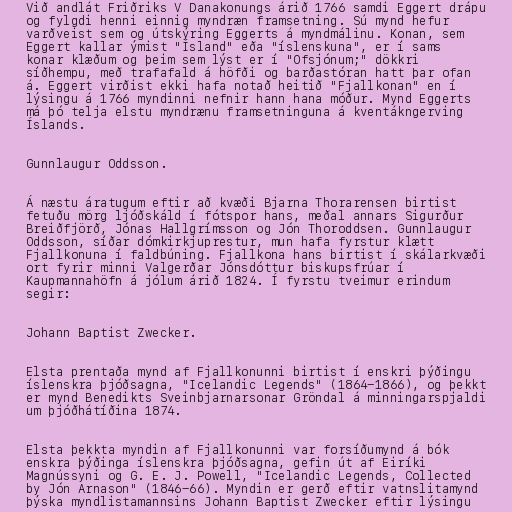
Við andlát Friðriks V Danakonungs árið 1766 samdi Eggert drápu
og fylgdi henni einnig myndræn framsetning. Sú mynd hefur
varðveist sem og útskýring Eggerts á myndmálinu. Konan, sem
Eggert kallar ýmist "Ísland" eða "íslenskuna", er í sams
konar klæðum og þeim sem lýst er í "Ofsjónum;" dökkri
síðhempu, með trafafald á höfði og barðastóran hatt þar ofan
á. Eggert virðist ekki hafa notað heitið "Fjallkonan" en í
lýsingu á 1766 myndinni nefnir hann hana móður. Mynd Eggerts
má þó telja elstu myndrænu framsetninguna á kventákngerving
Íslands.

Gunnlaugur Oddsson.

Á næstu áratugum eftir að kvæði Bjarna Thorarensen birtist
fetuðu mörg ljóðskáld í fótspor hans, meðal annars Sigurður
Breiðfjörð, Jónas Hallgrímsson og Jón Thoroddsen. Gunnlaugur
Oddsson, síðar dómkirkjuprestur, mun hafa fyrstur klætt
Fjallkonuna í faldbúning. Fjallkona hans birtist í skálarkvæði
ort fyrir minni Valgerðar Jónsdóttur biskupsfrúar í
Kaupmannahöfn á jólum árið 1824. Í fyrstu tveimur erindum
segir:

Johann Baptist Zwecker.

Elsta prentaða mynd af Fjallkonunni birtist í enskri þýðingu
íslenskra þjóðsagna, "Icelandic Legends" (1864-1866), og þekkt
er mynd Benedikts Sveinbjarnarsonar Gröndal á minningarspjaldi
um þjóðhátíðina 1874.

Elsta þekkta myndin af Fjallkonunni var forsíðumynd á bók
enskra þýðinga íslenskra þjóðsagna, gefin út af Eiríki
Magnússyni og G. E. J. Powell, "Icelandic Legends, Collected
by Jón Arnason" (1846-66). Myndin er gerð eftir vatnslitamynd
þýska myndlistamannsins Johann Baptist Zwecker eftir lýsingu